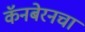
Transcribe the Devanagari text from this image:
कॅनबेरनचा